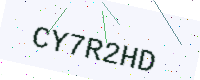
Text: CY7R2HD